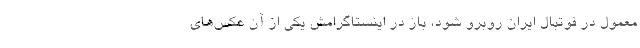
معمول در فوتبال ایران روبرو شود، باز در اینستاگرامش یکی از آن عکس‌های